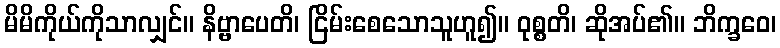
မိမိကိုယ်ကိုသာလျှင်။ နိဗ္ဗာပေတိ၊ ငြိမ်းစေသောသူဟူ၍။ ဝုစ္စတိ၊ ဆိုအပ်၏။ ဘိက္ခဝေ၊